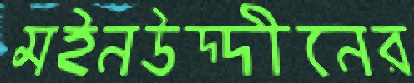
মইনউদ্দীনের